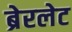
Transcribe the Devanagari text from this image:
ब्रेरलेट